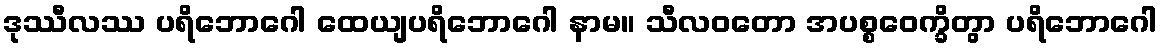
ဒုဿီလဿ ပရိဘောဂေါ ထေယျပရိဘောဂေါ နာမ။ သီလဝတော အပစ္စဝေက္ခိတွာ ပရိဘောဂေါ